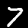
Digit: 7